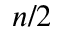
n / 2